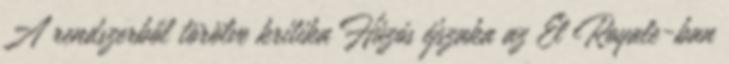
A rendszerből törölve kritika Húzós éjszaka az El Royale-ban